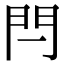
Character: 閂